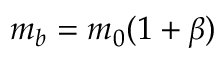
m _ { b } = m _ { 0 } ( 1 + \beta )